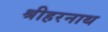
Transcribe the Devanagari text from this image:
श्रीहरनाथ